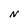
Character: N